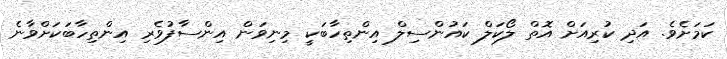
ކަމަށެވެ. އަދި ކުރިއަށް އޮތް ލޯކަލް ކައުންސިލް އިންތިހާބަކީ މިނިވަން އިންސާފުވެރި އިންތިހާބަކަށްވާނެ